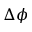
\Delta \phi